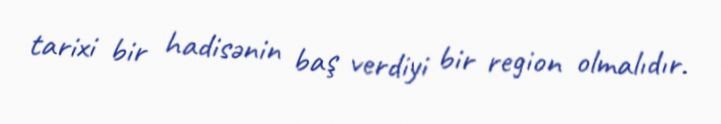
tarixi bir hadisənin baş verdiyi bir region olmalıdır.